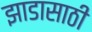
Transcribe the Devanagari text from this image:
झाडासाठी